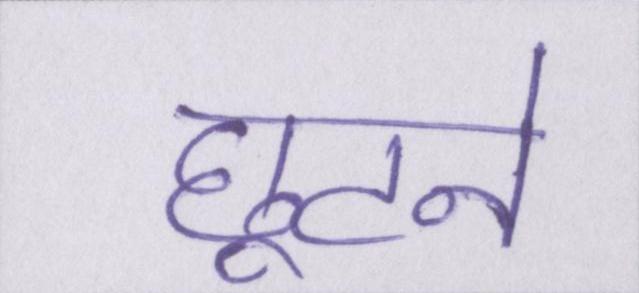
छूटने